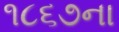
૧૮૬૭ના